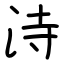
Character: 洔